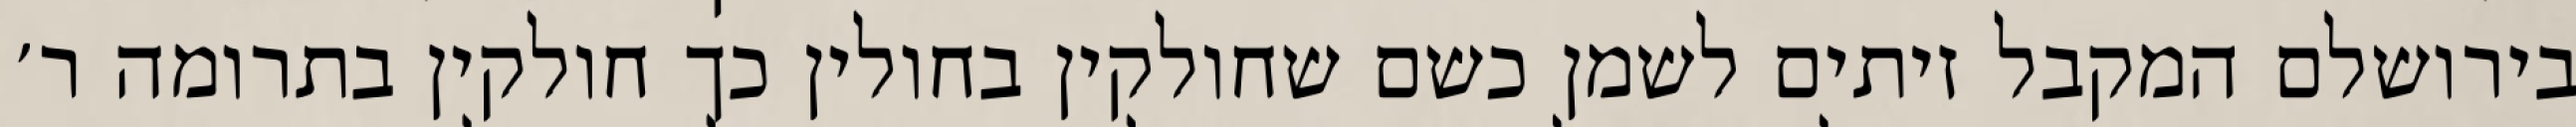
בירושלם המקבל זיתים לשמן כשם שחולקין בחולין כך חולקין בתרומה ר׳